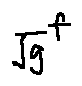
\sqrt { g } ^ { f }